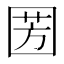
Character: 𭍦